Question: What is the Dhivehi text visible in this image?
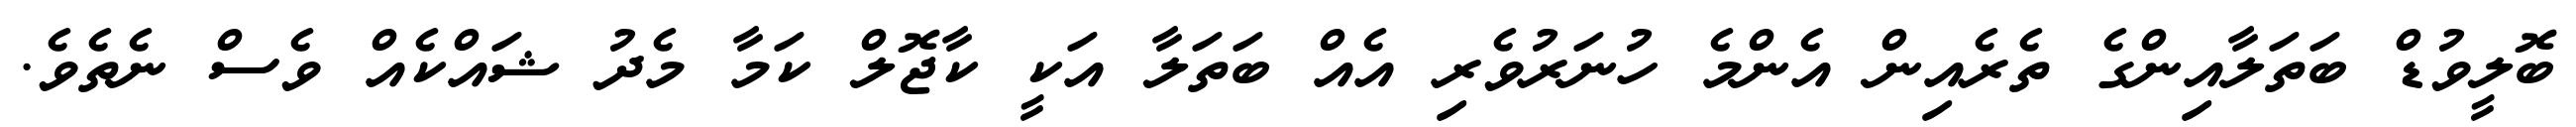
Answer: ބޮލީވުޑް ބަތަލާއިންގެ ތެރެއިން އެންމެ ހުނަރުވެރި އެއް ބަތަލާ އަކީ ކާޖޮލް ކަމާ މެދު ޝައްކެއް ވެސް ނެތެވެ.